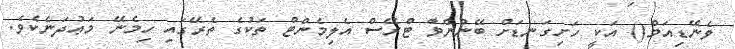
ވެނޭޑިއަމް() އަކީ ހަށިގަނޑަށް ބޭނުންވާ ޓްރޭސް އެލިމެންޓް ތަކުގެ ތެރޭގައި ހިމެނޭ މަޢުދަނެކެވެ.